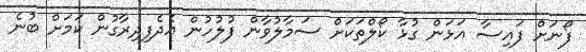
ފޯނަށް ފައިސާ އަޅަން ގުޅާ ކޯލްތަކަށް ސަމާލުވާން ފުލުހުން އެދެފިދިރާގުން ކަމަށް ބުނެ